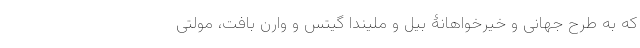
که به طرح جهانی و خیرخواهانۀ بیل و ملیندا گیتس و وارن بافت، مولتی